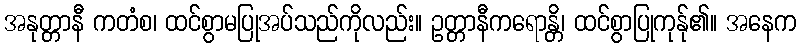
အနုတ္တာနီ ကတံစ၊ ထင်စွာမပြုအပ်သည်ကိုလည်း။ ဥတ္တာနီကရောန္တိ၊ ထင်စွာပြုကုန်ု၏။ အနေက